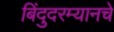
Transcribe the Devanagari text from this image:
बिंदुदरम्यानचे